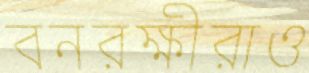
বনরক্ষীরাও